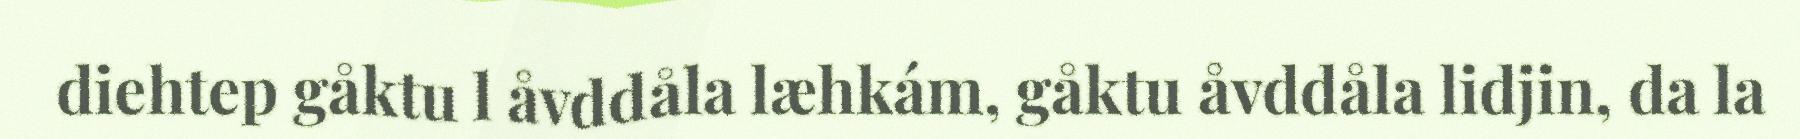
diehtep gåktu l åvddåla læhkám, gåktu åvddåla lidjin, da la